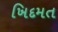
ખિદમત